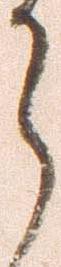
之